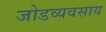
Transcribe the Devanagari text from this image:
जोडव्यवसाय